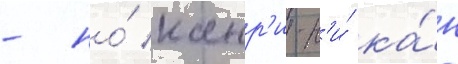
- но́ канр'и-н'и́ ка́н